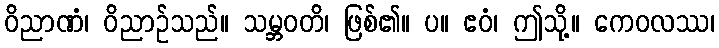
ဝိညာဏံ၊ ဝိညာဉ်သည်။ သမ္ဘဝတိ၊ ဖြစ်၏။ ပ။ ဧဝံ၊ ဤသို့။ ကေဝလဿ၊